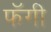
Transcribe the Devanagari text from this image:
फॅगी